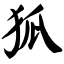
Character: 狐